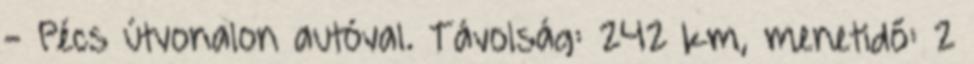
- Pécs útvonalon autóval. Távolság: 242 km, menetidő: 2